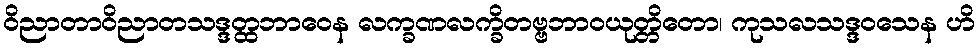
ဝိညာတာဝိညာတသဒ္ဒတ္ထဘာဝေန လက္ခဏလက္ခိတဗ္ဗဘာဝယုတ္တိတော၊ ကုသလသဒ္ဒဝသေန ဟိ